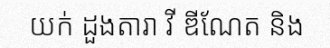
យក់ ដួងតារា វី ឌីណែត និង